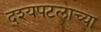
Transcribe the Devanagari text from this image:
द्श्यपटलाच्या